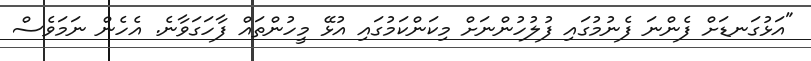
"އަޅުގަނޑަށް ފެންނަ ފެނުމުގައި ފުލުހުންނަށް މިކަންކަމުގައި އުޅޭ މީހުންތައް ފާހަގަވާނެ. އެހެން ނަމަވެސް